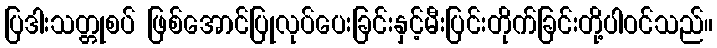
ပြဒါးသတ္တုစပ် ဖြစ်အောင်ပြုလုပ်ပေးခြင်းနှင့်မီးပြင်းတိုက်ခြင်းတို့ပါဝင်သည်။